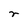
Character: r